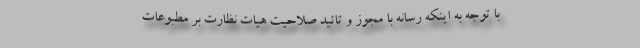
با توجه به اینکه رسانه با مجوز و تائید صلاحیت هیات نظارت بر مطبوعات